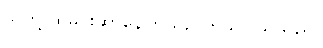
သူတို့ ထမင်းဆာနေကြသည်ကိုသာ သိသည်။